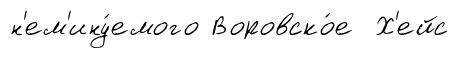
н'ем'ину́емого Воровско́е Х'ейс